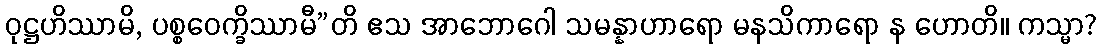
ဝုဋ္ဌဟိဿာမိ, ပစ္စဝေက္ခိဿာမီ”တိ ဧသ အာဘောဂေါ သမန္နာဟာရော မနသိကာရော န ဟောတိ။ ကသ္မာ?